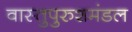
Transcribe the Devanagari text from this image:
वास्तुपुरुशमंडल